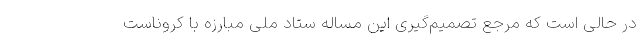
در حالی است که مرجع تصمیم‌گیری این مساله ستاد ملی مبارزه با کروناست